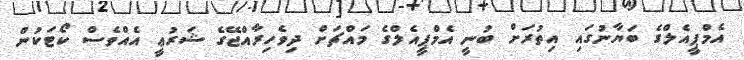
އެމްޕީއެލްގެ ބަޔާނުގައި އިތުރަށް ބުނީ އެމްޕީއެލްގެ މައްޗަށް ދިވެހިރާއްޖޭގެ ޝަރުޢީ އެއްވެސް ކޯޓަކުން